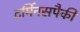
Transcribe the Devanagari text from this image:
टर्मिनसपैकी